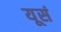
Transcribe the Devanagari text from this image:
यूसं